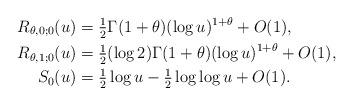
LaTeX: \begin{align*}R_{\theta,0;0}(u)&=\tfrac12\Gamma(1+\theta)(\log u)^{1+\theta}+O(1),\\R_{\theta,1;0}(u)&=\tfrac12(\log 2)\Gamma(1+\theta)(\log u)^{1+\theta}+O(1),\\S_0(u)&=\tfrac12\log u-\tfrac12\log\log u+O(1).\end{align*}